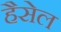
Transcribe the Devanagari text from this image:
हैसेल